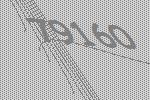
79160